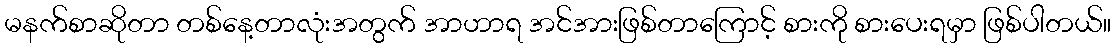
မနက်စာဆိုတာ တစ်နေ့တာလုံးအတွက် အာဟာရ အင်အားဖြစ်တာကြောင့် စားကို စားပေးရမှာ ဖြစ်ပါတယ်။